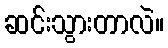
ဆင်းသွားတာလဲ။